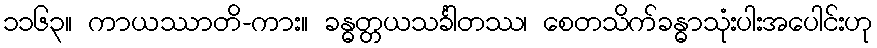
၁၁၆၃။ ကာယဿာတိ-ကား။ ခန္ဓတ္တယသင်္ခါတဿ၊ စေတသိက်ခန္ဓာသုံးပါးအပေါင်းဟု